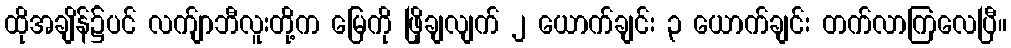
ထိုအချိန်၌ပင် လက်ျာဘီလူးတို့က မြေကို ဖြိုချလျက် ၂ ယောက်ချင်း ၃ ယောက်ချင်း တက်လာကြလေပြီ။